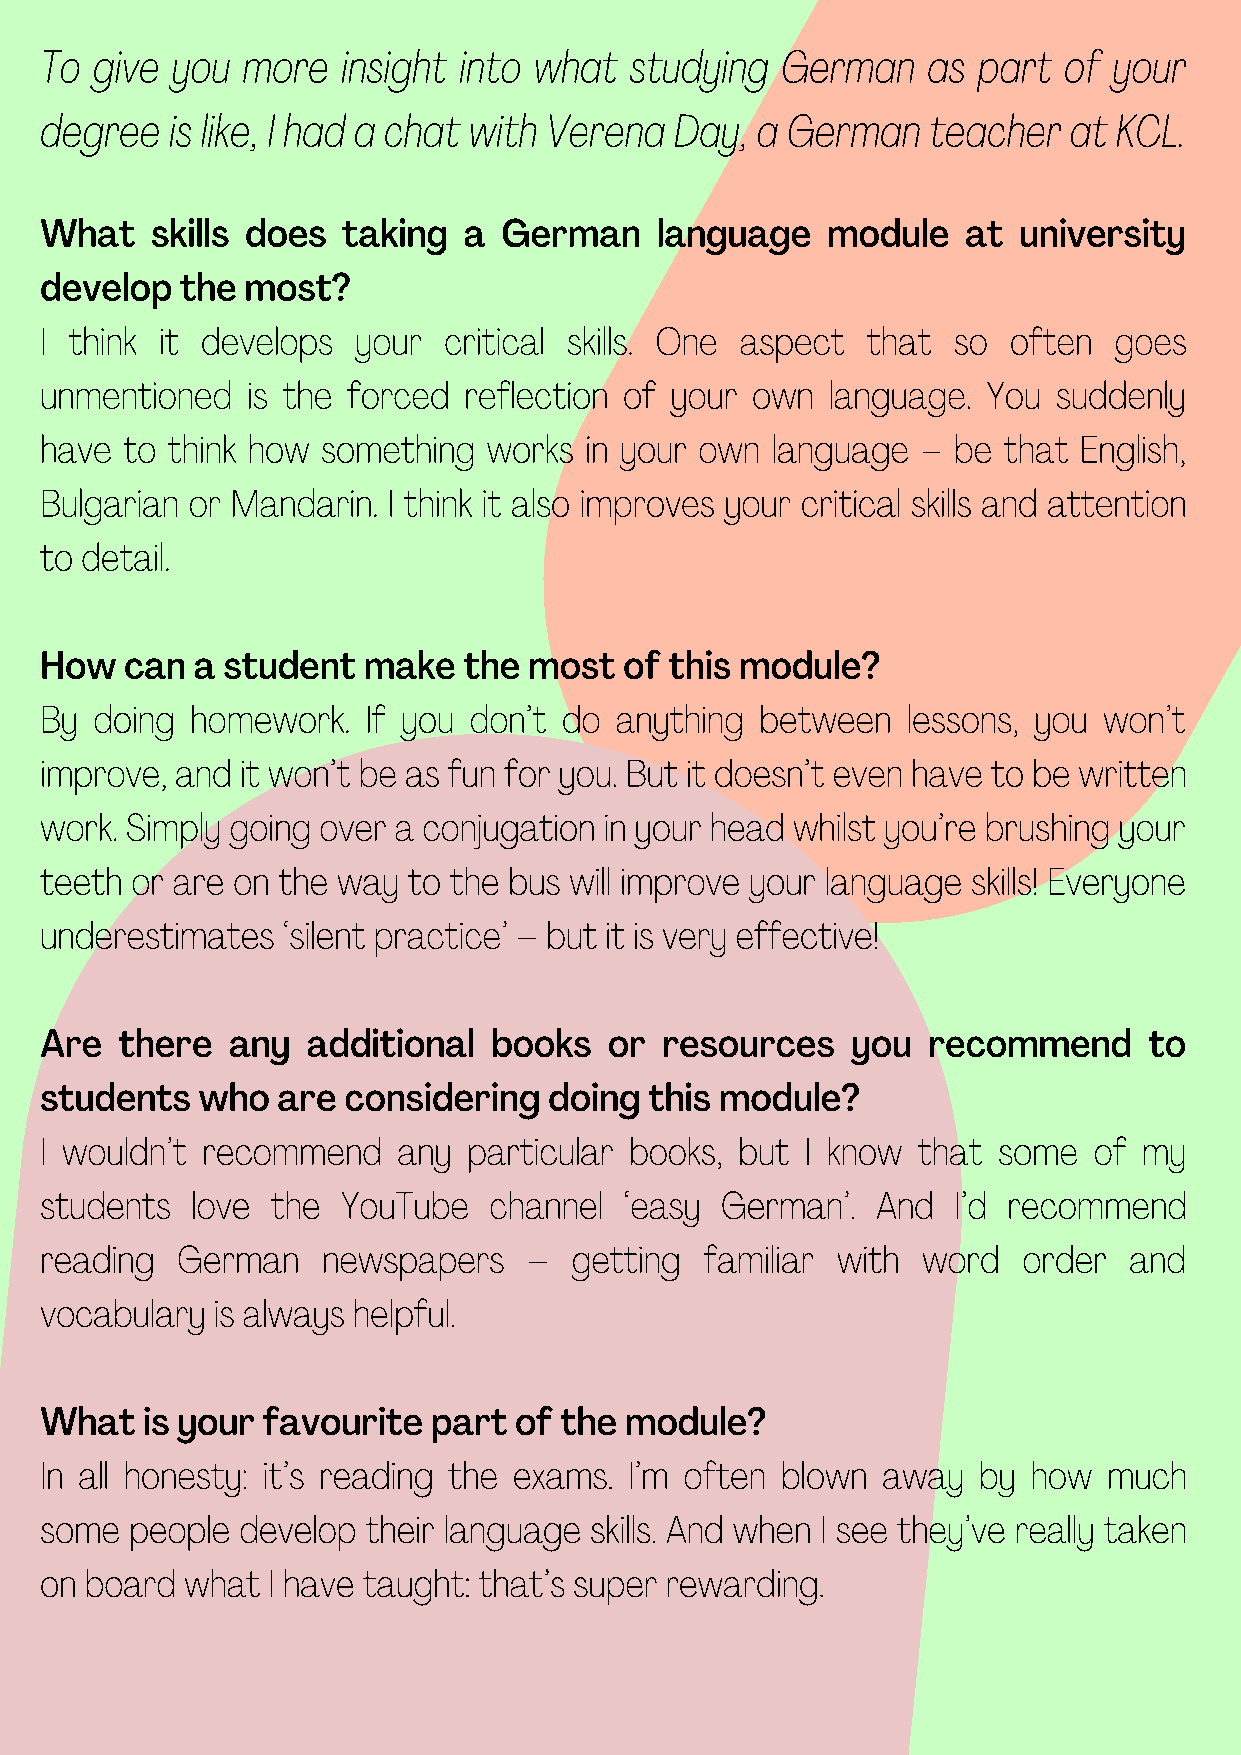
To give you  more   insight into what  studying  German   as  part of  your
 degree  is like, I had a chat with Verena Day, a German   teacher   at KCL.
 What   skills does  taking  a German    language    module   at university
 develop  the most?
 I think it develops  your critical skills. One aspect that  so  often  goes
 unmentioned  is the forced  reflection of your own  language. You  suddenly
 have to think how something  works  in your own language  – be that English,
 Bulgarian or Mandarin. I think it also improves your critical skills and attention
 to detail.
 How  can  a student  make   the most  of this module?
 By doing  homework.  If you don’t do  anything between   lessons, you won’t
 improve, and it won’t be as fun for you. But it doesn’t even have to be written
 work. Simply going over a conjugation in your head whilst you’re brushing your
 teeth or are on the way to the bus will improve your language skills! Everyone
 underestimates  ‘silent practice’ – but it is very effective!
 Are  there  any  additional   books  or  resources   you  recommend      to
 students  who  are  considering  doing  this module?
 I wouldn’t recommend   any  particular books, but I know  that some  of  my
 students  love the  YouTube  channel  ‘easy  German’.  And  I’d recommend
 reading  German   newspapers    –  getting  familiar with word   order  and
 vocabulary is always helpful.
 What  is your favourite   part of the module?
 In all honesty: it’s reading the exams. I’m often blown away  by how  much
 some  people develop their language skills. And when I see they’ve really taken
 on board what  I have taught: that’s super rewarding.